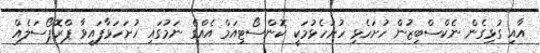
އާއި ގުޅިގެން ނެކްސްބިޒުން ހުށަހެޅި ހުށަހެޅުމަކީ ކޮންސޯޓިއަމް އެއްގެ ނަމުގައި ހުށަހަޅާފައިވާ ޕްރޮޕޯސަލެއް